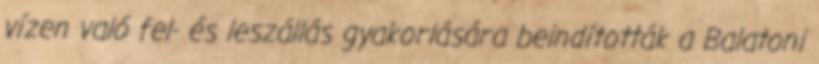
vízen való fel- és leszállás gyakorlására beindították a Balatoni